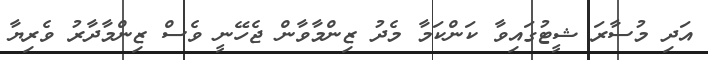
އަދި މުސާރަ ޝީޓުގައިވާ ކަންކަމާ މެދު ޒިންމާވާން ޖެހޭނީ ވެސް ޒިންމާދާރު ވެރިޔާ